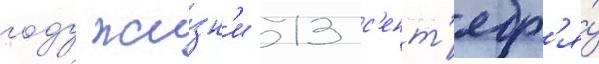
году жи́зн'и 13 с'ент'ябр'я́